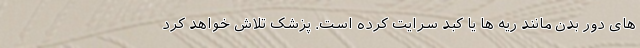
های دور بدن مانند ریه ها یا کبد سرایت کرده است. پزشک تلاش خواهد کرد